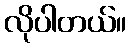
လိုပါတယ်။